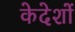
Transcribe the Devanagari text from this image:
केदेशों